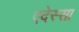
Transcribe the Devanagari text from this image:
एदेस्सा